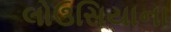
લોઉસિયાના